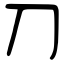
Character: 刀